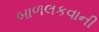
બાળલકવાની